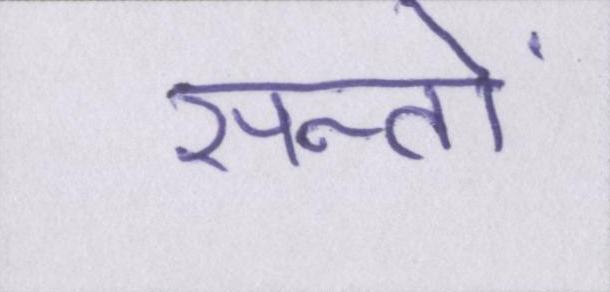
सन्तों